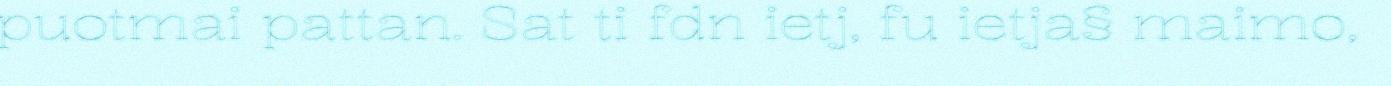
puotmai pattan. Sat ti fdn ietj, fu ietja§ maimo,